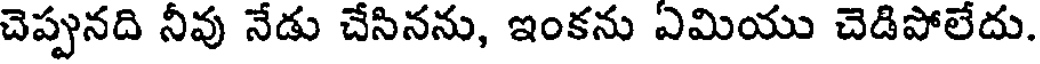
చెప్పునది నీవు నేడు చేసినను, ఇంకను ఎమియు చెడిపోలేదు.